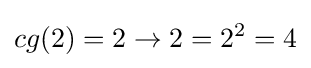
cg(2)=2\to 2=2^{2}=4